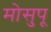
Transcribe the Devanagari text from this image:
मोसुपू